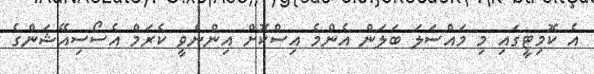
އެ ކޮމިޓީގައި މި މައްސަލަ ބަލަން އެންމެ އިސްކޮށް އިންނެވީ ކެރަމް އެސޯސިއޭޝަންގެ